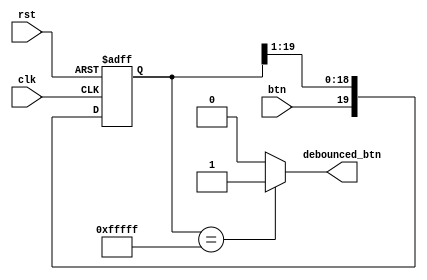
module debounce(input clk, input rst, input btn, output reg debounced_btn);
    reg [19:0] D;
    always @(posedge clk, negedge rst)
        if(~rst)
            D <= 20'b0000_0000_0000_0000_0000;
        else
            D <= {btn, D[19:1]};
    always @(D) begin
        if(D == 20'b1111_1111_1111_1111_1111)
          debounced_btn = 1'b1;
        else
          debounced_btn = 1'b0;
    end
endmodule